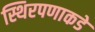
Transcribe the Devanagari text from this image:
स्थिरपणाकडे